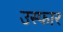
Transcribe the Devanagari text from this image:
उस्फार